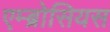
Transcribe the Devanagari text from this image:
एम्ब्रोसियस